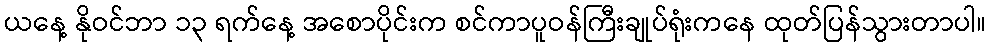
ယနေ့ နိုဝင်ဘာ ၁၃ ရက်နေ့ အစောပိုင်းက စင်ကာပူဝန်ကြီးချုပ်ရုံးကနေ ထုတ်ပြန်သွားတာပါ။